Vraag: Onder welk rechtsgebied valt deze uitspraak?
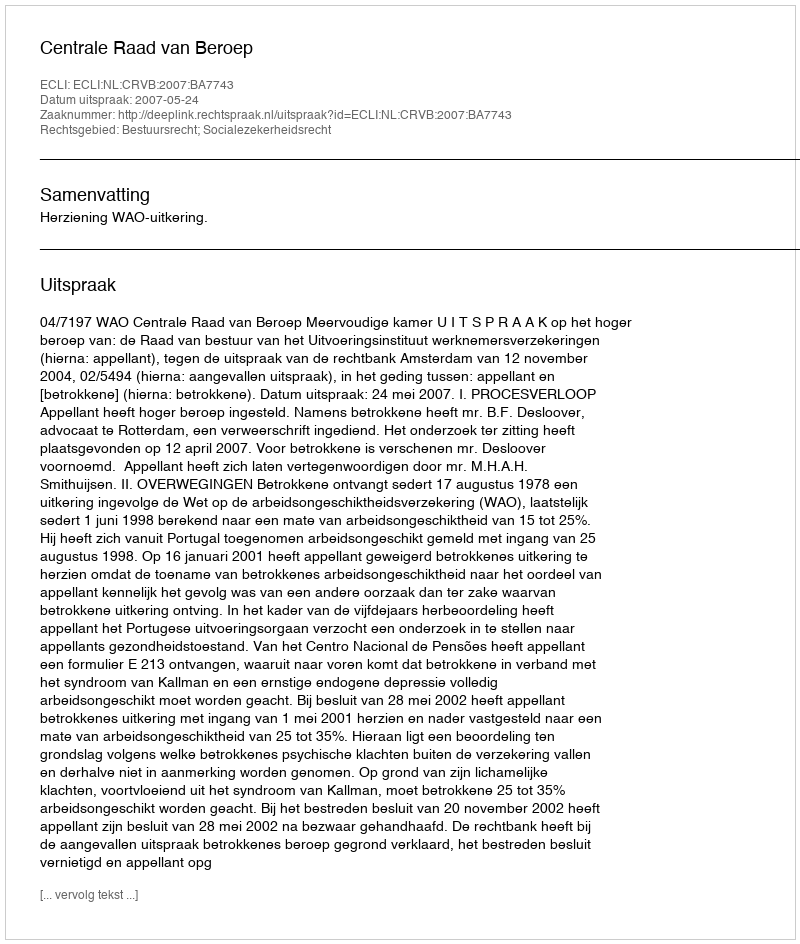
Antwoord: Bestuursrecht; Socialezekerheidsrecht